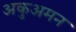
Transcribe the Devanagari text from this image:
अकुअमन